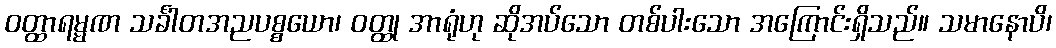
ဝတ္ထာရမ္မဏ သင်္ခါတအညပစ္စယော၊ ဝတ္ထု အာရုံဟု ဆိုအပ်သော တစ်ပါးသော အကြောင်းရှိသည်။ သမာနောပိ၊